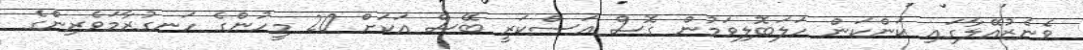
ވެނެޒުއޭލާގައި ކަންކަން ހަލަބޮލިވަމުން ގޮސް އަސްކަރީ ބޭސް އަކަށް 20 މީހުންގެ ހަނގުރާމަވެރިންގެ